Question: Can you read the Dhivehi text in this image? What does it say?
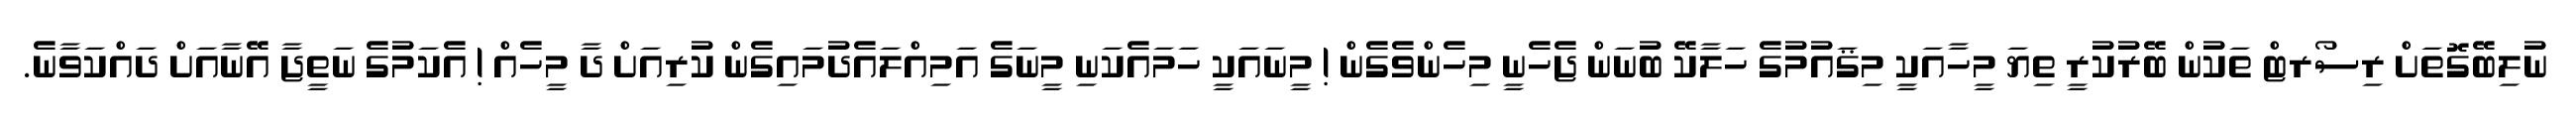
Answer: ނުލިބޭގޮތަށް ރިސޯރޓް ތަކުން ބޭރުކުރީ ތިޔަ މީހާއަކީ މިޤައުމުގެ ހަލާކޭ ބުނަން ޖެހެނީ މިހެންވެގެން ! މީނައަކީ ހަމައެކަނި މީނަގެ އަމިއްލައެދުމައިގެން ކުރިއަށް ދާ މީހެއް ! އެކަމުގެ ނަތީޖާ އޭނާއަށް ދައްކަވާނެ.